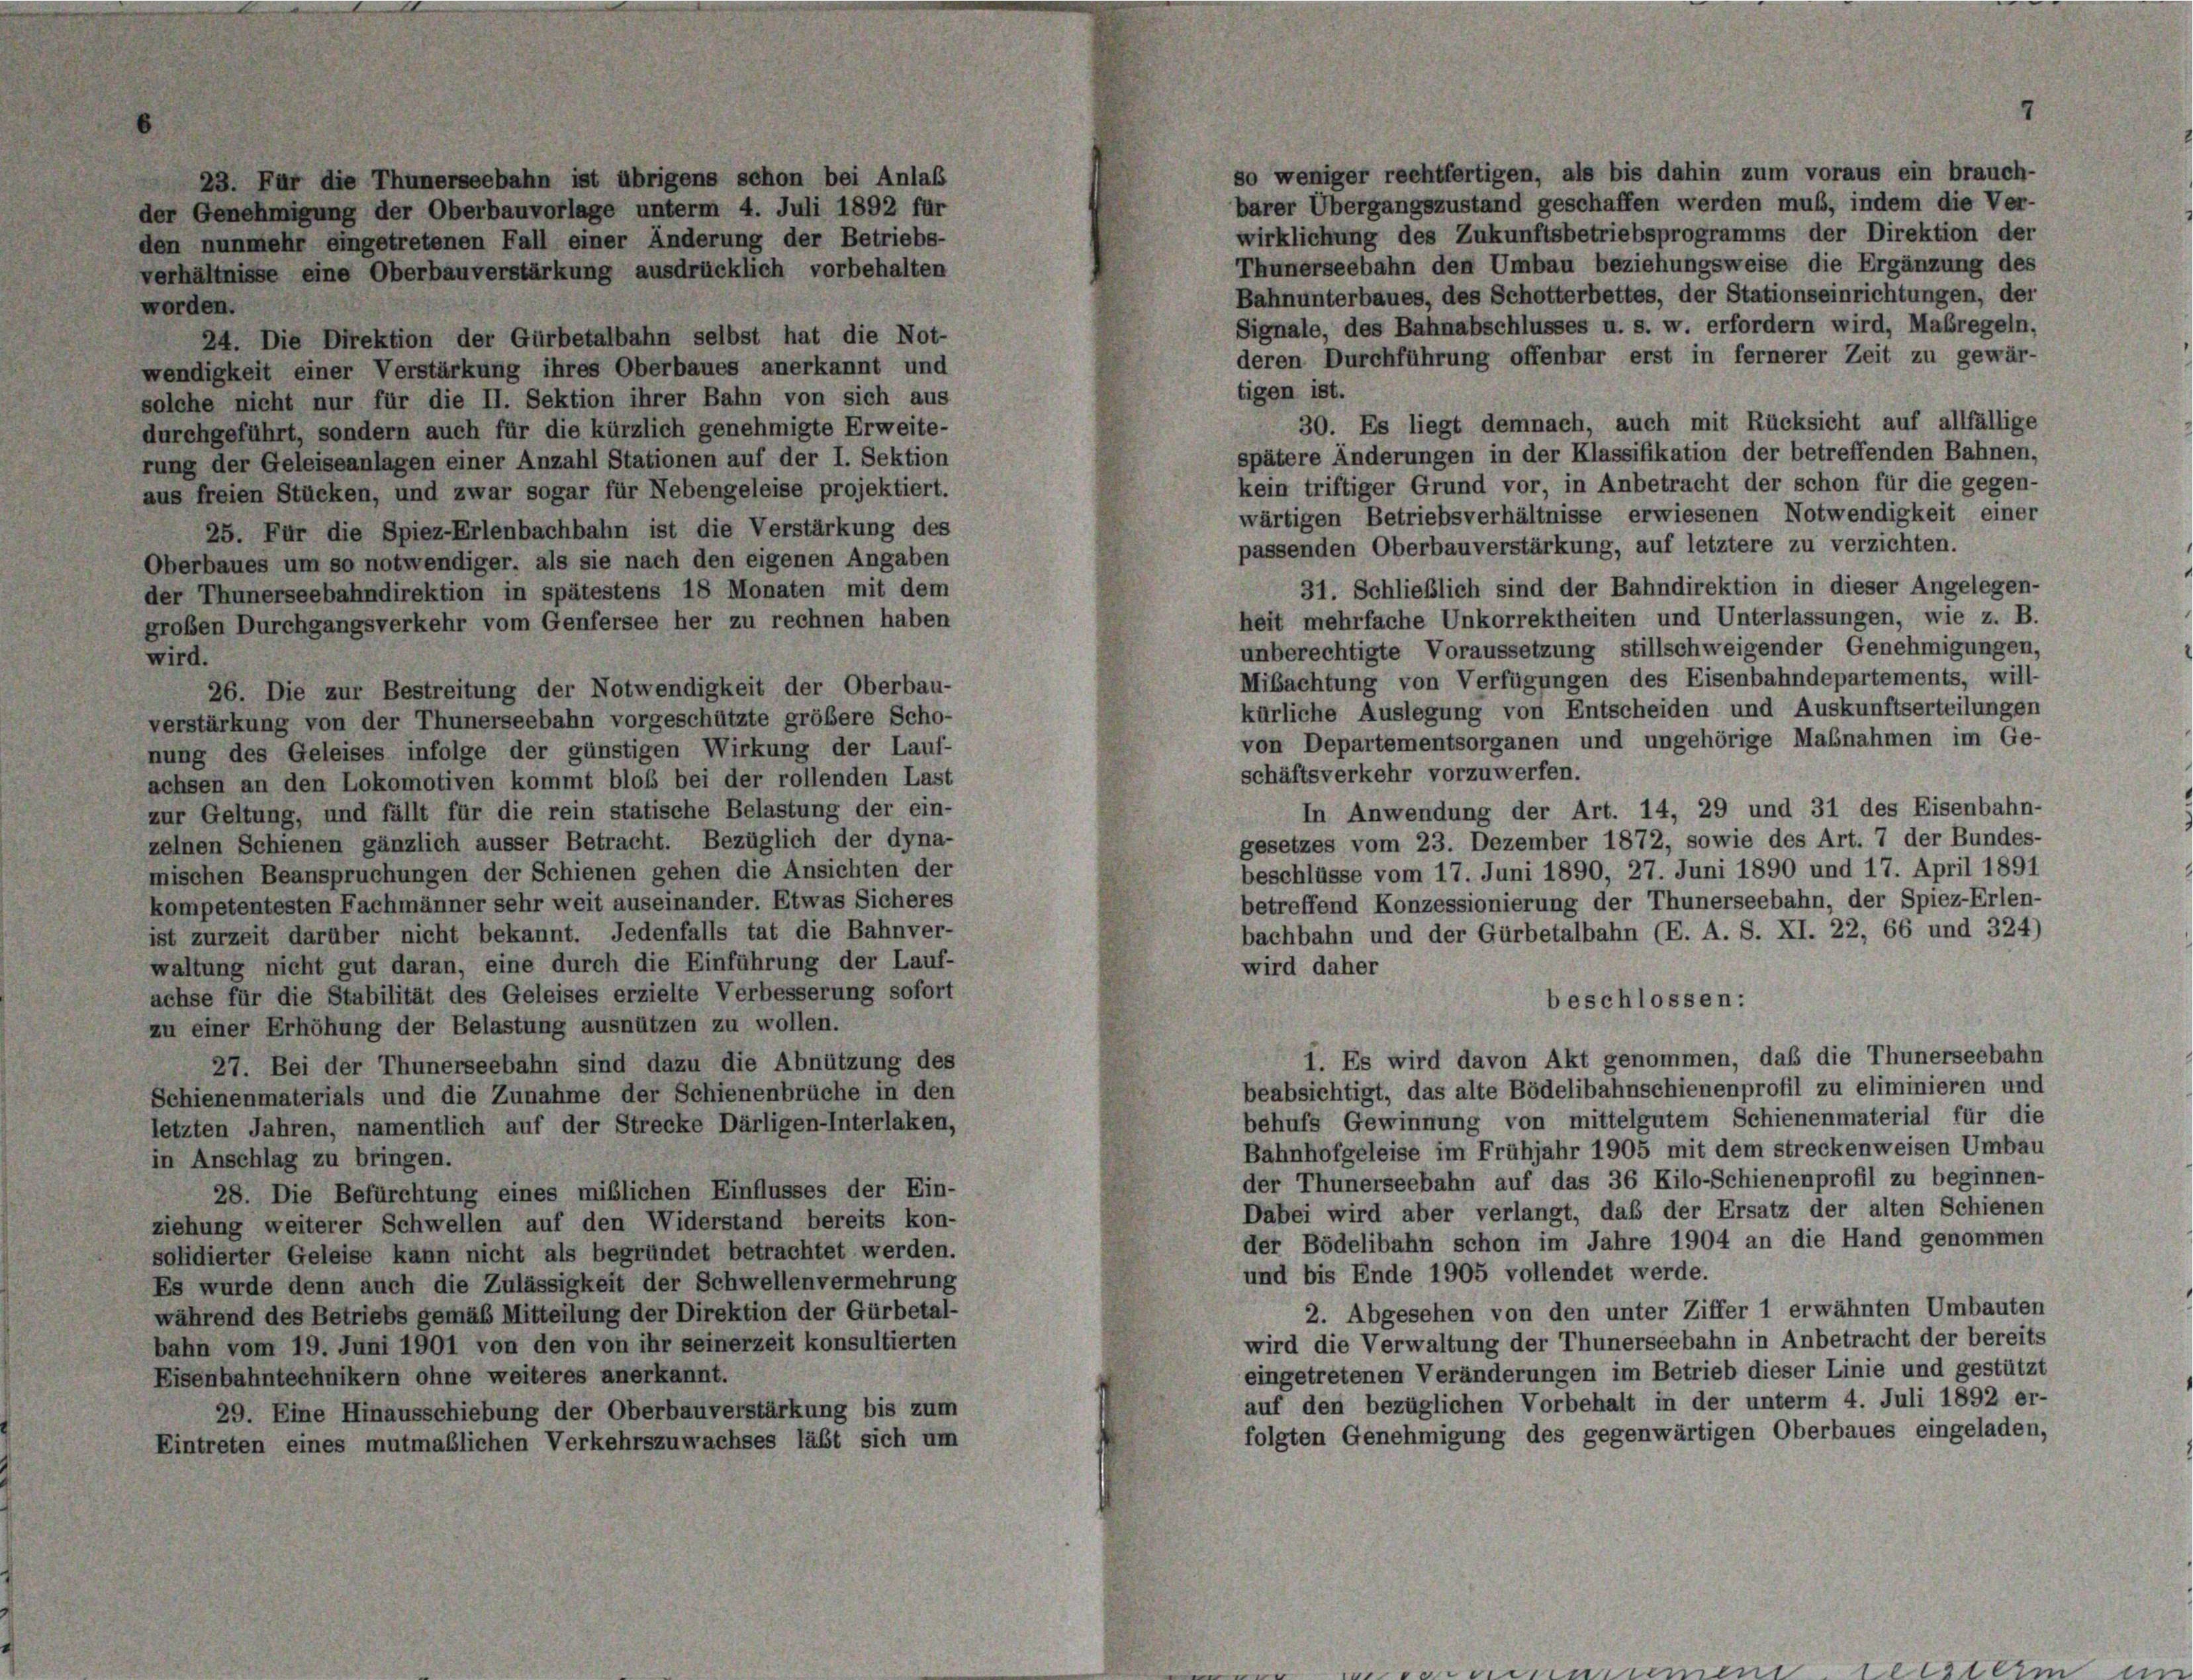
wor

er C
III

Für die Thunerseebahn ist übrigens schon bei Anlaß
nehmigung der Oberbauvorlage unterm 4. Juli 1892 für
mehr eingetretenen Fall einer Änderung der Betriebs-
lisse eine Oberbauverstärkung ausdrücklich vorbehalten

24. Die Direktion der Gürbetalbahn selbst hat die Not-
wendigkeit einer Verstärkung ihres Oberbaues anerkannt und
solche nicht nur für die II. Sektion ihrer Bahn von sich aus
durchgeführt, sondern auch für die kürzlich genehmigte Erweite-
rung der Geleiseanlagen einer Anzahl Stationen auf der I. Sektion
aus freien Stücken, und zwar sogar für Nebengeleise projektiert.
25. Für die Spiez-Erlenbachbahn ist die Verstärkung des
Oberbaues um so notwendiger, als sie nach den eigenen Angaben
der Thunerseebahndirektion in spätestens 18 Monaten mit dem
großen Durchgangsverkehr vom Genfersee her zu rechnen haben
wird.
26. Die zur Bestreitung der Notwendigkeit der Oberbau-
verstärkung von der Thunerseebahn vorgeschützte größere Scho-
nung des Geleises infolge der günstigen Wirkung der Lauf-
achsen an den Lokomotiven kommt bloß bei der rollenden Last
zur Geltung, und fällt für die rein statische Belastung der ein-
zelnen Schienen gänzlich äusser Betracht. Bezüglich der dyna-
mischen Beanspruchungen der Schienen gehen die Ansichten der
kompetentesten Fachmänner sehr weit auseinander. Etwas Sicheres
ist zurzeit darüber nicht bekannt. Jedenfalls tat die Bahnver-
waltung nicht gut daran, eine durch die Einführung der Lauf-
achse für die Stabilität des Geleises erzielte Verbesserung sofort
zu einer Erhöhung der Belastung ausnützen zu wollen.
27. Bei der Thunerseebahn sind dazu die Abnützung des
Schienenmaterials und die Zunahme der Schienenbrüche in den
letzten Jahren, namentlich auf der Strecke Därligen-Interlaken,
in Anschlag zu bringen.
28. Die Befürchtung eines mißlichen Einflusses der Ein-
ziehung weiterer Schwellen auf den Widerstand bereits kon-
solidierter Geleise kann nicht als begründet betrachtet werden.
Es wurde denn auch die Zulässigkeit der Schwellenvermehrung
während des Betriebs gemäß Mitteilung der Direktion der Gürbetal-
bahn vom 19. Juni 1901 von den von ihr seinerzeit konsultierten
Eisenbahntechnikern ohne weiteres anerkannt.
29. Eine Hinausschiebung der Oberbauverstärkung bis zum
Eintreten eines mutmaßlichen Verkehrszuwachses läßt sich um

so weniger rechtfertigen, als bis dahin zum voraus ein brauch-
barer Übergangszustand geschaffen werden muß, indem die Ver-
wirklichung des Zukunftsbetriebsprogramms der Direktion der
Thunerseebahn den Umbau beziehungsweise die Ergänzung des
Bahnunterbaues, des Schotterbettes, der Stationseinrichtungen, der
Signale, des Bahnabschlusses u. s. w. erfordern wird, Maßregeln,
deren Durchführung offenbar erst in fernerer Zeit zu gewär-
tigen ist.
30. Es liegt demnach, auch mit Rücksicht auf allfällige
spätere Änderungen in der Klassifikation der betreffenden Bahnen,
kein triftiger Grund vor, in Anbetracht der schon für die gegen-
wärtigen Betriebsverhältnisse erwiesenen Notwendigkeit einer
passenden Oberbauverstärkung, auf letztere zu verzichten.
31. Schließlich sind der Bahndirektion in dieser Angelegen-
heit mehrfache Unkorrektheiten und Unterlassungen, wie z. B.
unberechtigte Voraussetzung stillschweigender Genehmigungen,
Mibachtung von Verfügungen des Eisenbahndepartements, will-
kürliche Auslegung von Entscheiden und Auskunftserteilungen
von Departementsorganen und ungehörige Maßnahmen im Ge-
schäftsverkehr vorzuwerfen.
In Anwendung der Art. 14, 29 und 31 des Eisenbahn-
gesetzes vom 23. Dezember 1872, sowie des Art. 7 der Bundes-
beschlüsse vom 17. Juni 1890, 27. Juni 1890 und 17. April 1891
betreffend Konzessionierung der Thunerseebahn, der Spiez-Erlen-
bachbahn und der Gürbetalbahn (E. A. S. XI. 22, 66 und 324)
wird daher
beschlossen:
1. Es wird davon Akt genommen, daß die Thunerseebahn
beabsichtigt, das alte Bödelibahnschienenprofil zu eliminieren und
behufs Gewinnung von mittelgutem Schienenmaterial für die
Bahnhofgeleise im Frühjahr 1905 mit dem streckenweisen Umbau
der Thunerseebahn auf das 36 Kilo-Schienenprofil zu beginnen-
Dabei wird aber verlangt, daß der Ersatz der alten Schienen
der Bödelibahn schon im Jahre 1904 an die Hand genommen
und bis Ende 1905 vollendet werde.
2. Abgesehen von den unter Ziffer 1 erwähnten Umbauten
wird die Verwaltung der Thunerseebahn in Anbetracht der bereits
eingetretenen Veränderungen im Betrieb dieser Linie und gestützt
auf den bezüglichen Vorbehalt in der unterm 4. Juli 1892 er-
folgten Genehmigung des gegenwärtigen Oberbaues eingeladen,